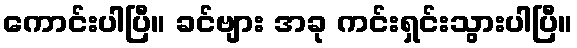
ကောင်းပါပြီ။ ခင်ဗျား အခု ကင်းရှင်းသွားပါပြီ။